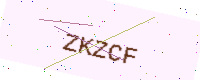
Text: ZKZCF